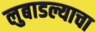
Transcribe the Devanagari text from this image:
लुबाडल्याचा